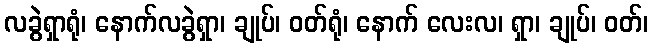
လခွဲရှာရုံ၊ နောက်လခွဲရှာ၊ ချုပ်၊ ဝတ်ရုံ၊ နောက် လေးလ၊ ရှာ၊ ချုပ်၊ ဝတ်၊